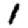
Digit: 1